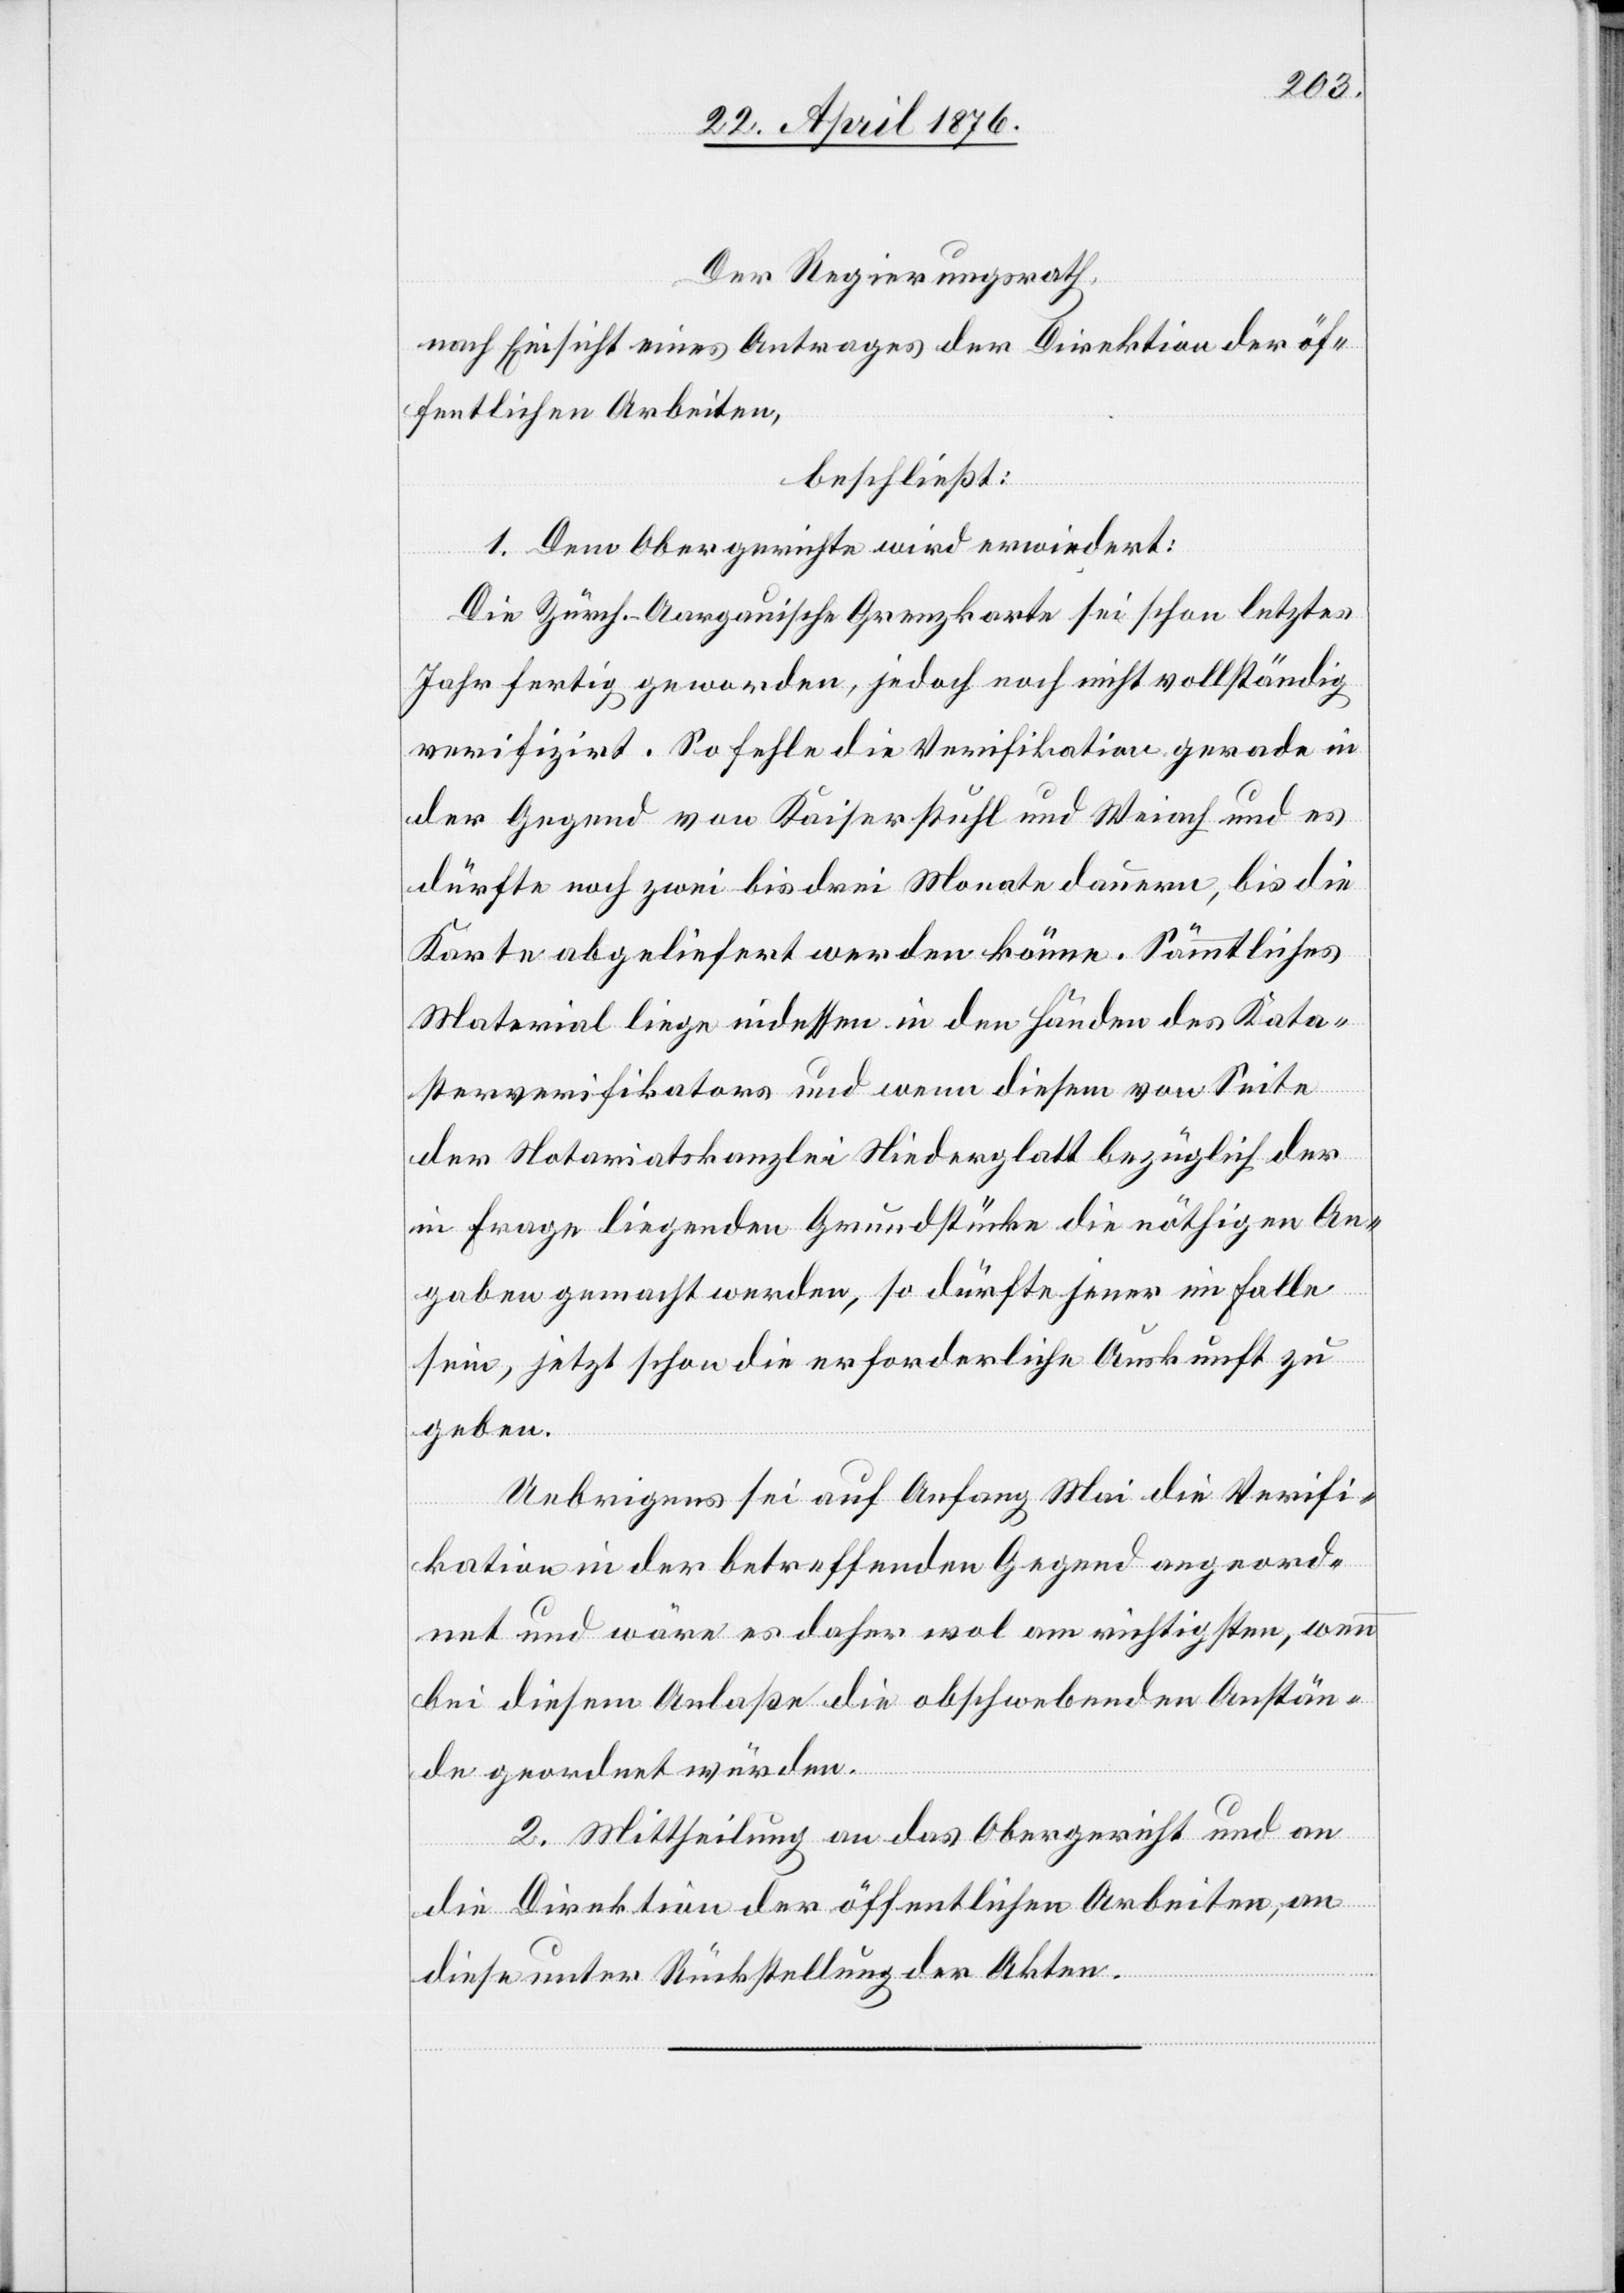
Der Regierungsrath,
nach Einsicht eines Antrages der Direktion der öf¬
fentlichen Arbeiten,
beschließt:
1. Dem Obergerichte wird erwiedert:
Die Zürch.-Aargauische Grenzkarte sei schon letztes
Jahr fertig geworden, jedoch noch nicht vollständig
verifizirt. So fehle die Verifikation gerade in
der Gegend von Kaiserstuhl und Weiach und es
dürfte noch zwei bis drei Monate dauern, bis die
Karte abgeliefert werden könne. Sämmtliches
Material liege indessen in den Händen des Kata¬
sterverifikators und wenn diesem von Seite
der Notariatskanzlei Niederglatt bezüglich der
in Frage liegenden Grundstücke die nöthigen An¬
gaben gemacht werden, so dürfte jener im Falle
sein, jetzt schon die erforderliche Auskunft zu
geben.
Uebrigens sei auf Anfang Mai die Verifi¬
kation in der betreffenden Gegend angeord¬
net und wäre es daher wol am richtigsten, wenn
bei diesem Anlaße die obschwebenden Anstän¬
de geordnet würden.
2. Mittheilung an das Obergericht und an
die Direktion der öffentlichen Arbeiten, an
diese unter Rückstellung der Akten.